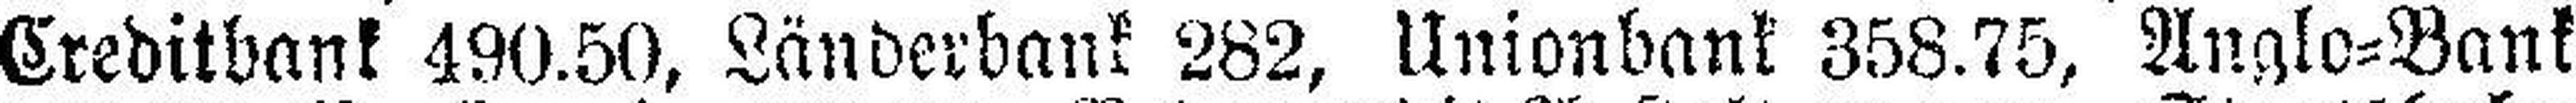
Creditbank 490.50, Länderbank 282, Unionbank 358.75, Anglo=Bank